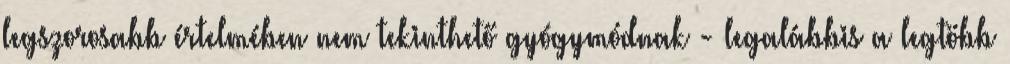
legszorosabb értelmében nem tekinthető gyógymódnak - legalábbis a legtöbb